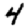
Digit: 4